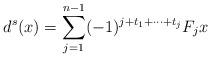
LaTeX: \begin{align*}d^s(x)=\sum_{j=1}^{n-1}(-1)^{j+t_1+\dots+t_{j}}F_jx\end{align*}